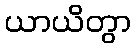
ယာယိတွာ